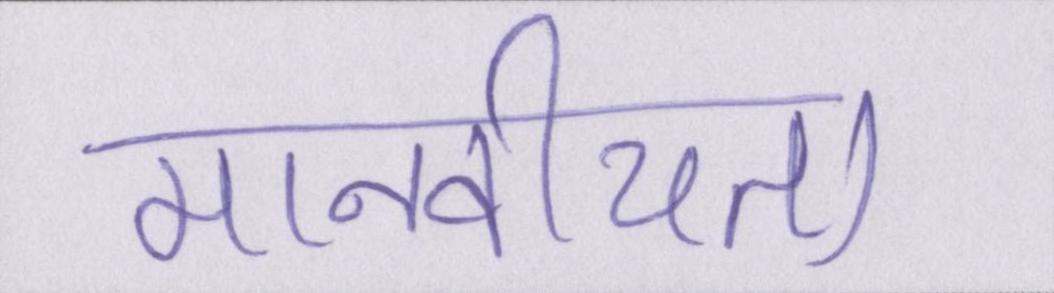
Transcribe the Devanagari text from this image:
मानवीयता